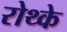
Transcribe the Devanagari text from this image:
रोथ्के